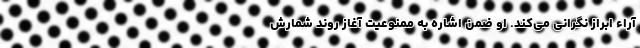
آراء ابراز نگرانی می‌کند. او ضمن اشاره به ممنوعیت آغاز روند شمارش